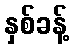
နှစ်ခန့်